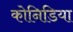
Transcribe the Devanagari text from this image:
कोनिडिया